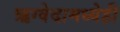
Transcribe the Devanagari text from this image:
ऋग्वेदामध्येही